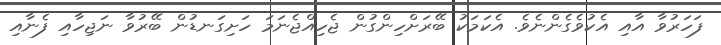
ފަހަރުވާ އާއި އެކުވެގެންނެވެ. އެކަމަކު ބޭރަށްހިންގުން ޖެހިއްޖެނަމަ ހަށިގަނޑުން ބޭރުވާ ނަޖިހާއި ފެނާއި